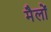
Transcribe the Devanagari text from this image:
मैलों